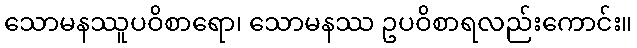
သောမနဿူပဝိစာရော၊ သောမနဿ ဥပဝိစာရလည်းကောင်း။